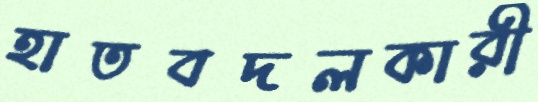
হাতবদলকারী